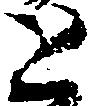
と